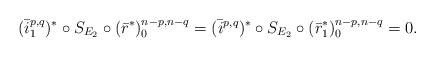
\begin{align*}(\bar{i}_1^{p,q})^* \circ S_{E_2} \circ (\bar{r}^*)_0^{n-p,n-q}=(\bar{i}^{p,q})^* \circ S_{E_2} \circ (\bar{r}_1^*)_0^{n-p,n-q}=0.\end{align*}